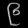
Digit: ၉